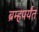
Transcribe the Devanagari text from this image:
ब्रम्हपर्यंत